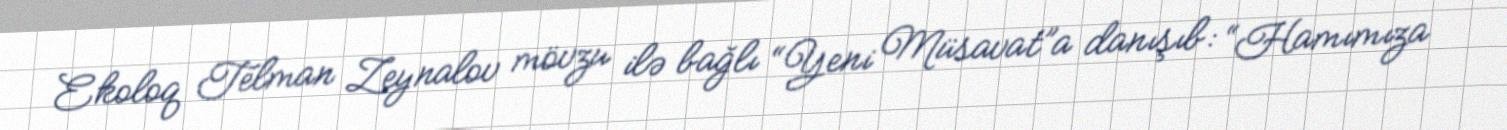
Ekoloq Telman Zeynalov mövzu ilə bağlı “Yeni Müsavat”a danışıb: “Hamımıza